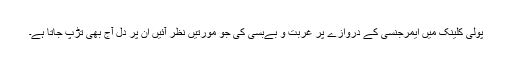
پولی کلینک میں ایمرجنسی کے دروازے پر غربت و بےبسی کی جو مورتیں نظر آئیں ان پر دل آج بھی تڑپ جاتا ہے۔